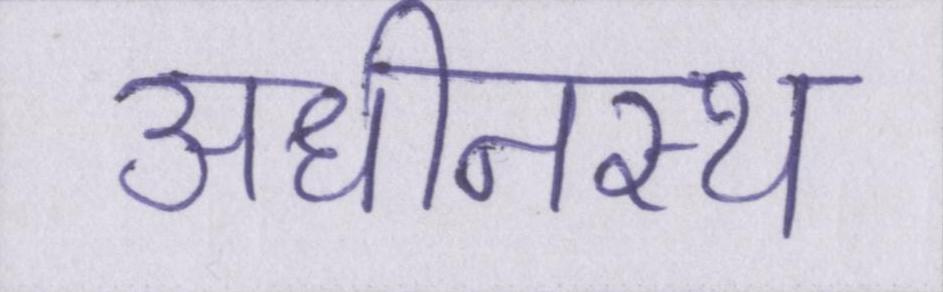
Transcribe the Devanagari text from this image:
अधीनस्थ